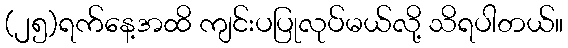
(၂၅)ရက်နေ့အထိ ကျင်းပပြုလုပ်မယ်လို့ သိရပါတယ်။